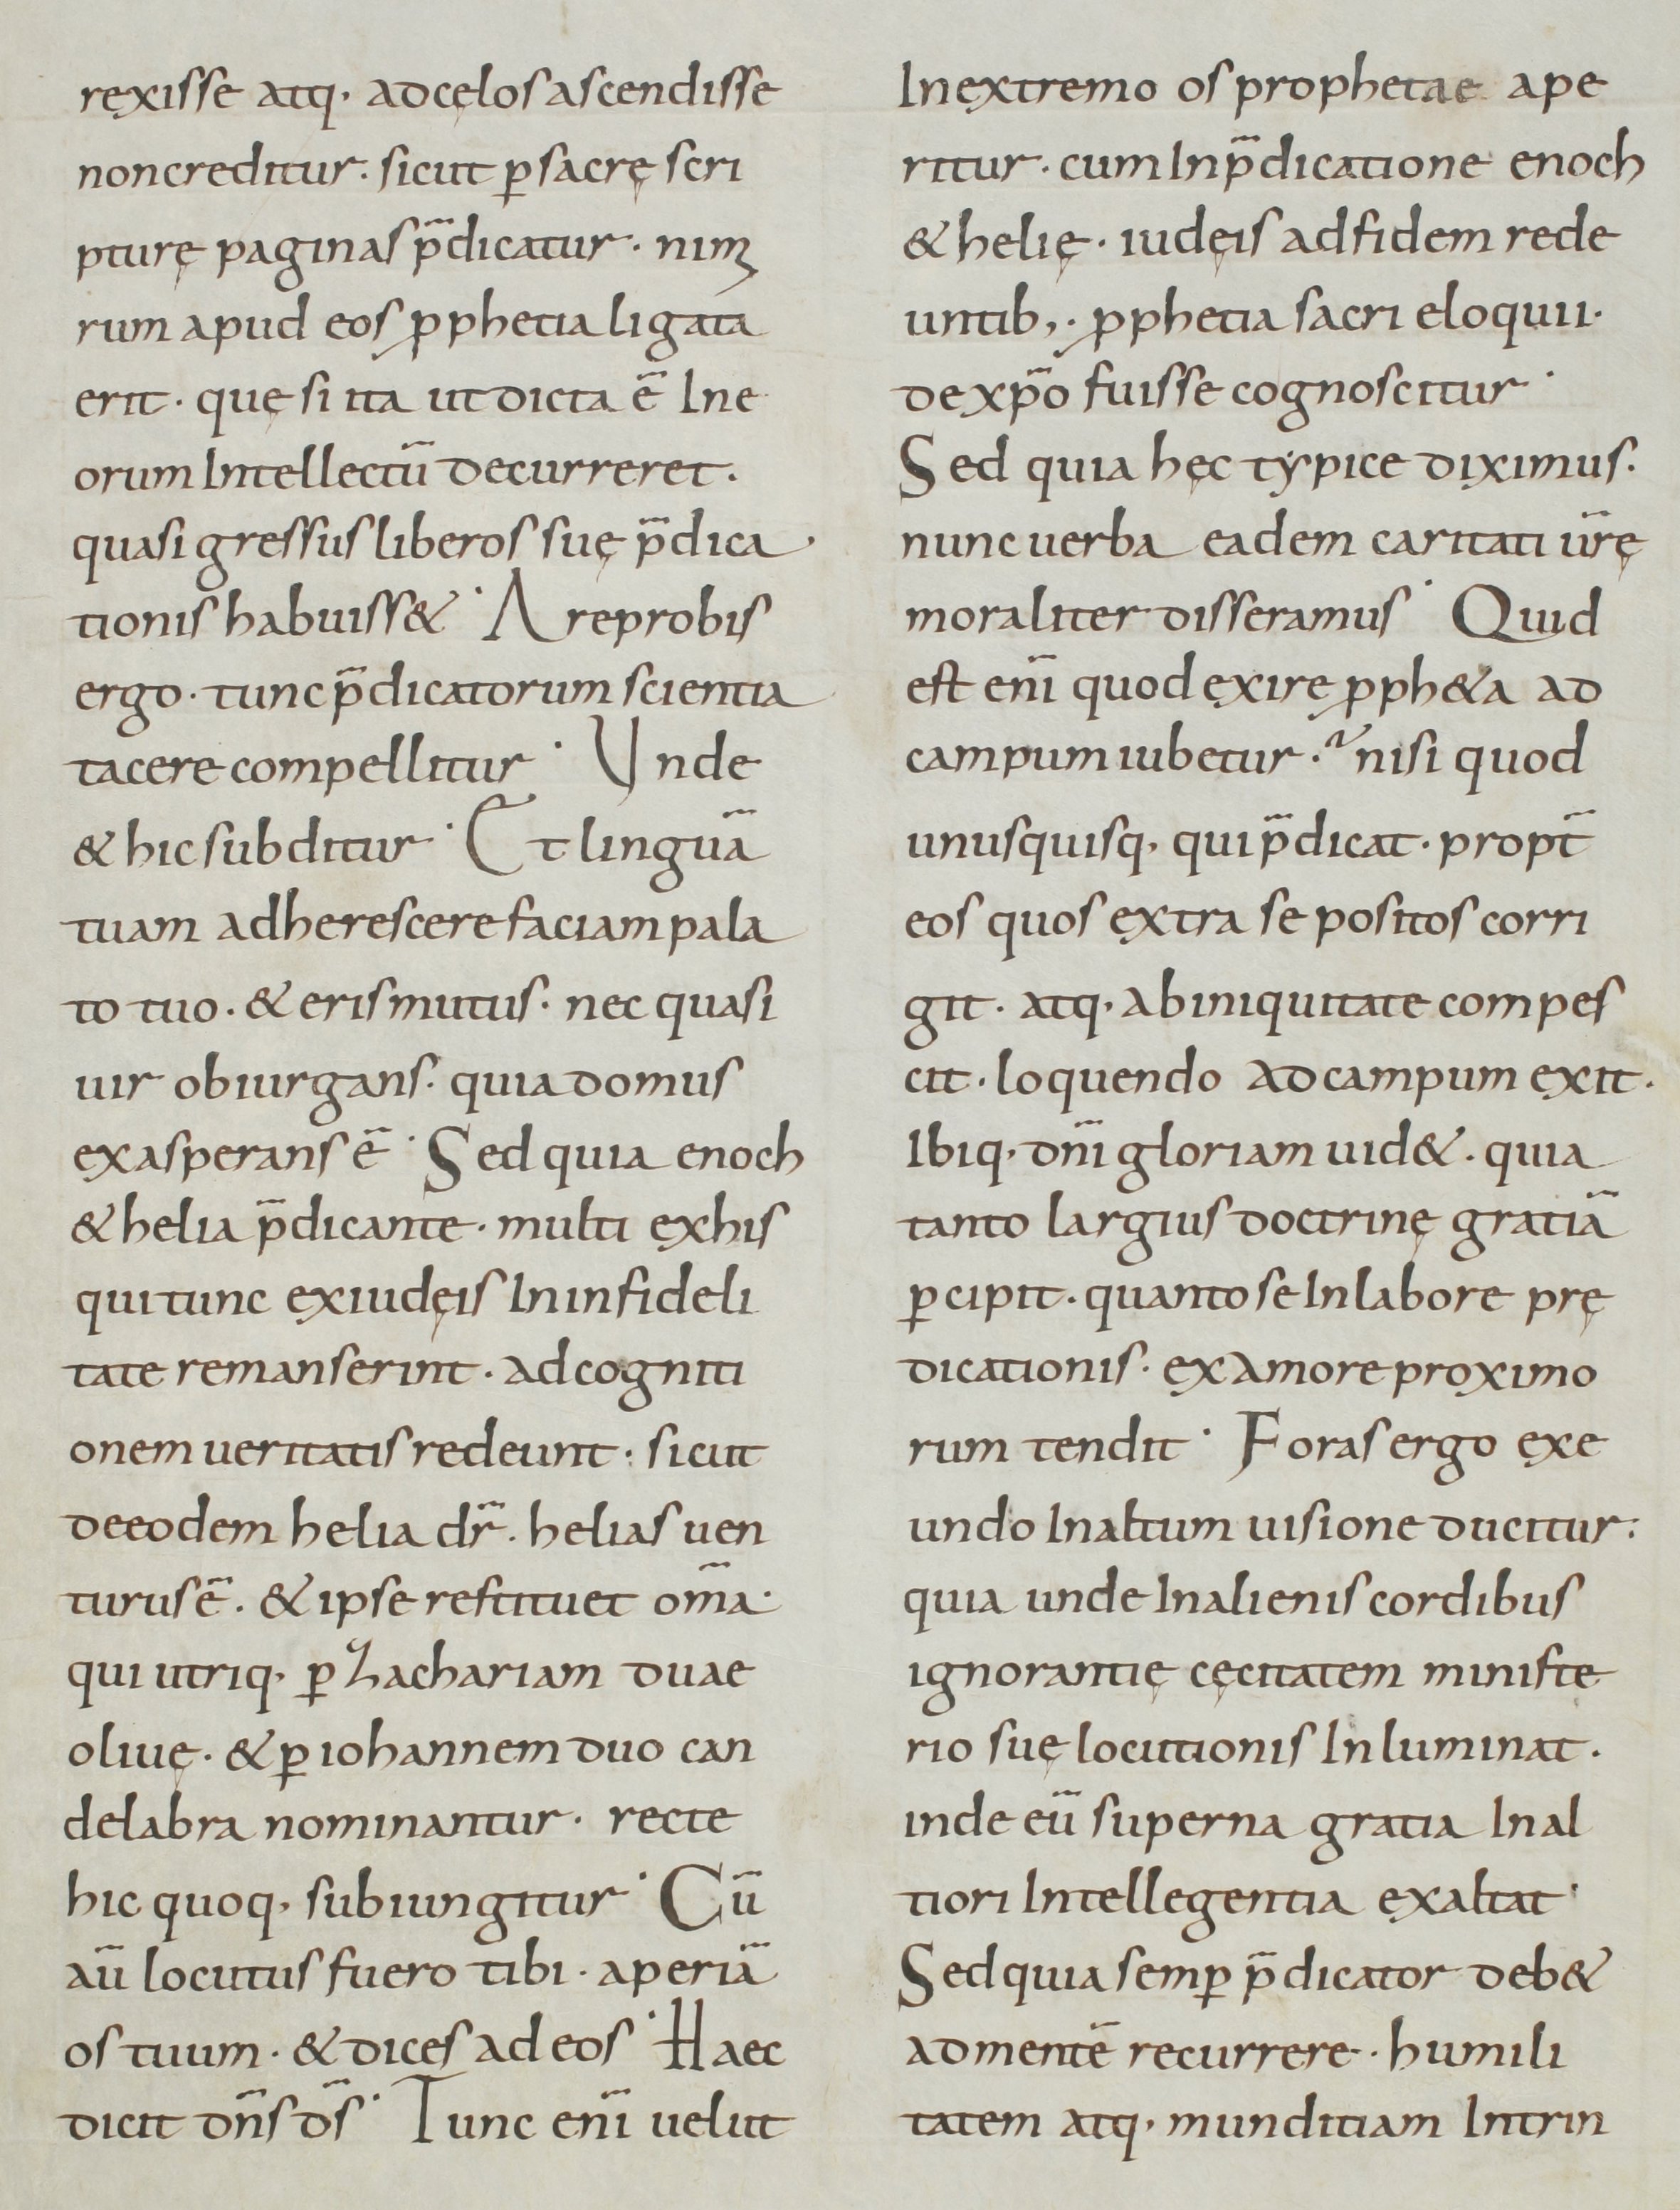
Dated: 800–899